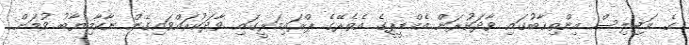
ގެ މަޖިލިސް އިންތިޚާބުގައި ވާދަކުރަން އެމްޑީޕީގެ އެތެރޭގެ ޕްރައިމަރީގައި ވާދަކުރައްވައިގެން ނާކާމިޔާބު ވުމަށް